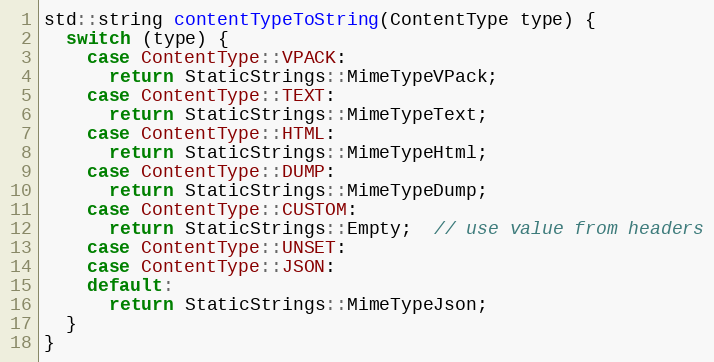
Language: C++
std::string contentTypeToString(ContentType type) {
  switch (type) {
    case ContentType::VPACK:
      return StaticStrings::MimeTypeVPack;
    case ContentType::TEXT:
      return StaticStrings::MimeTypeText;
    case ContentType::HTML:
      return StaticStrings::MimeTypeHtml;
    case ContentType::DUMP:
      return StaticStrings::MimeTypeDump;
    case ContentType::CUSTOM:
      return StaticStrings::Empty;  // use value from headers
    case ContentType::UNSET:
    case ContentType::JSON:
    default:
      return StaticStrings::MimeTypeJson;
  }
}